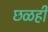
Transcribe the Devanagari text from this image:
छळही